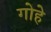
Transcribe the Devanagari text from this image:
गोहे